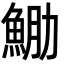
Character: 𩶵